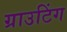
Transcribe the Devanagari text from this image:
ग्राउटिंग